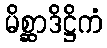
မိစ္ဆာဒိဋ္ဌိကံ